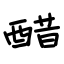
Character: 醋